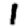
Digit: 1